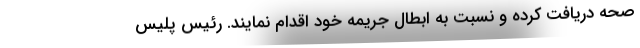
صحه دریافت کرده و نسبت به ابطال جریمه خود اقدام نمایند. رئیس پلیس